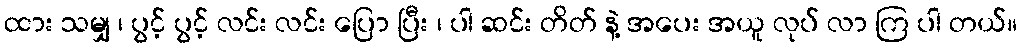
ထား သမျှ ၊ ပွင့် ပွင့် လင်း လင်း ပြော ပြီး ၊ ပါ ဆင်း တိတ် နဲ့ အပေး အယူ လုပ် လာ ကြ ပါ တယ်။